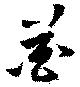
花